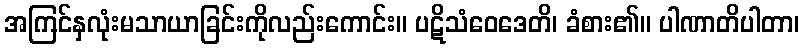
အကြင်နှလုံးမသာယာခြင်းကိုလည်းကောင်း။ ပဋိသံဝေဒေတိ၊ ခံစား၏။ ပါဏာတိပါတာ၊